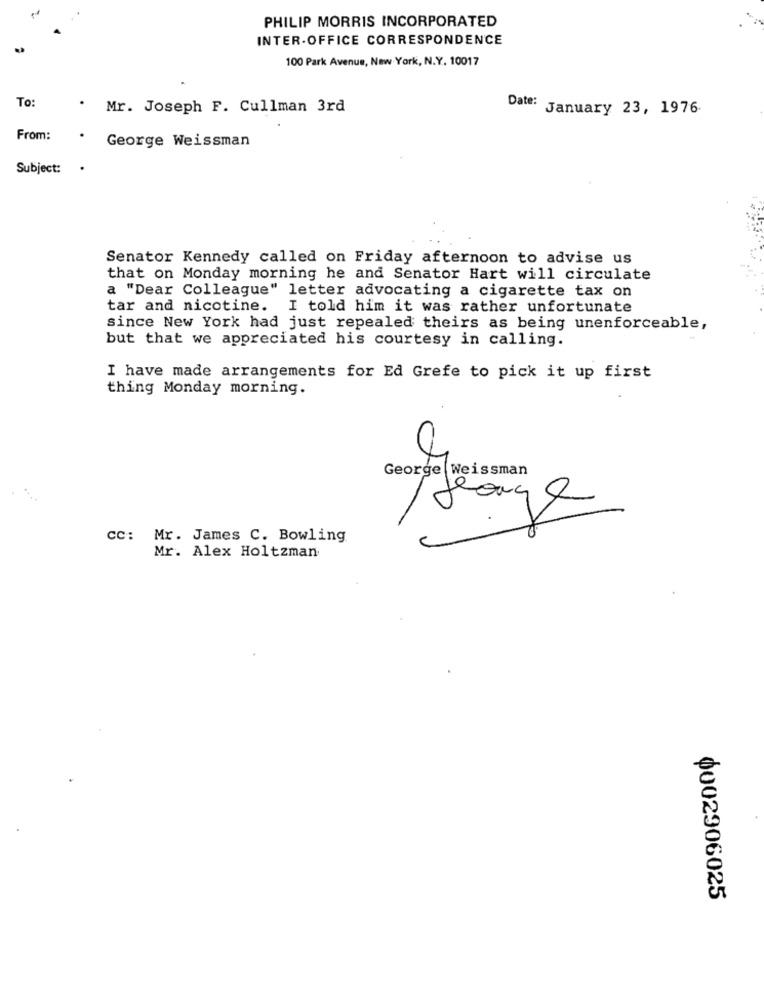
PHILIP MORRIS INCORPORATED
INTER-OFFICE CORRESPONDENCE
100 Park Avenue, New York, N.Y. 10017
To:
. Mr. Joseph F. Cullman 3rd
Date: January 23, 1976
From:
George Weissman
Subject:
.
Senator Kennedy called on Friday afternoon to advise us
that on Monday morning he and Senator Hart will circulate
a "Dear Colleague" letter advocating a cigarette tax on
tar and nicotine. I told him it was rather unfortunate
since New York had just repealed theirs as being unenforceable,
but that we appreciated his courtesy in calling.
I have made arrangements for Ed Grefe to pick it up first
thing Monday morning.
C
CC:
Mr. James C. Bowling
Mr. Alex Holtzman
0002906025